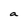
Character: a